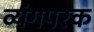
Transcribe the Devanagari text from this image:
व्यंगपरक